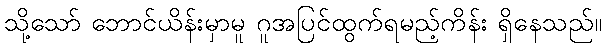
သို့သော် ဘောင်ယိန်းမှာမူ ဂူအပြင်ထွက်ရမည့်ကိန်း ရှိနေသည်။